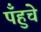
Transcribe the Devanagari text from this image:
पँहुचे